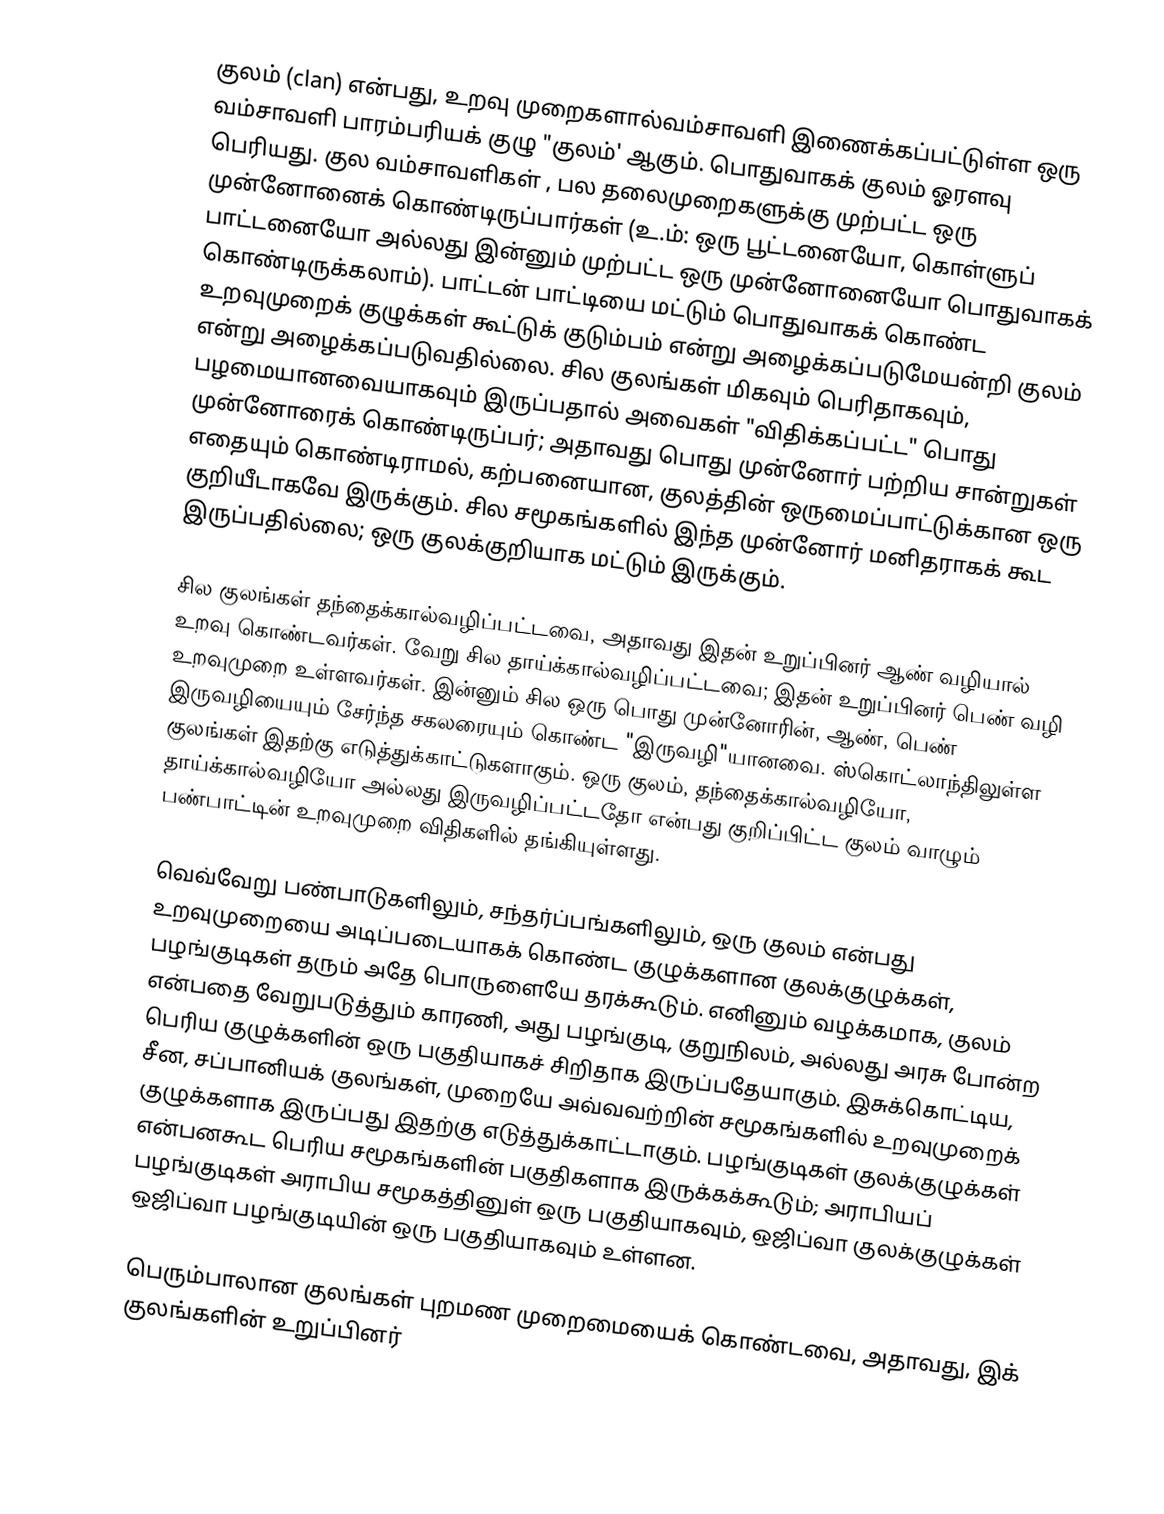
குலம் (clan) என்பது, உறவு முறைகளால்வம்சாவளி இணைக்கப்பட்டுள்ள ஒரு வம்சாவளி பாரம்பரியக் குழு "குலம்' ஆகும். பொதுவாகக் குலம் ஓரளவு பெரியது. குல வம்சாவளிகள் , பல தலைமுறைகளுக்கு முற்பட்ட ஒரு முன்னோனைக் கொண்டிருப்பார்கள் (உ.ம்: ஒரு பூட்டனையோ, கொள்ளுப் பாட்டனையோ அல்லது இன்னும் முற்பட்ட ஒரு முன்னோனையோ பொதுவாகக் கொண்டிருக்கலாம்). பாட்டன் பாட்டியை மட்டும் பொதுவாகக் கொண்ட உறவுமுறைக் குழுக்கள் கூட்டுக் குடும்பம் என்று அழைக்கப்படுமேயன்றி குலம் என்று அழைக்கப்படுவதில்லை. சில குலங்கள் மிகவும் பெரிதாகவும், பழமையானவையாகவும் இருப்பதால் அவைகள் "விதிக்கப்பட்ட" பொது முன்னோரைக் கொண்டிருப்பர்; அதாவது பொது முன்னோர் பற்றிய சான்றுகள் எதையும் கொண்டிராமல், கற்பனையான, குலத்தின் ஒருமைப்பாட்டுக்கான ஒரு குறியீடாகவே இருக்கும். சில சமூகங்களில் இந்த முன்னோர் மனிதராகக் கூட இருப்பதில்லை; ஒரு குலக்குறியாக மட்டும் இருக்கும்.

சில குலங்கள் தந்தைக்கால்வழிப்பட்டவை, அதாவது இதன் உறுப்பினர் ஆண் வழியால் உறவு கொண்டவர்கள். வேறு சில தாய்க்கால்வழிப்பட்டவை; இதன் உறுப்பினர் பெண் வழி உறவுமுறை உள்ளவர்கள். இன்னும் சில ஒரு பொது முன்னோரின், ஆண், பெண் இருவழியையும் சேர்ந்த சகலரையும் கொண்ட "இருவழி"யானவை. ஸ்கொட்லாந்திலுள்ள குலங்கள் இதற்கு எடுத்துக்காட்டுகளாகும். ஒரு குலம், தந்தைக்கால்வழியோ, தாய்க்கால்வழியோ அல்லது இருவழிப்பட்டதோ என்பது குறிப்பிட்ட குலம் வாழும் பண்பாட்டின் உறவுமுறை விதிகளில் தங்கியுள்ளது.

வெவ்வேறு பண்பாடுகளிலும், சந்தர்ப்பங்களிலும், ஒரு குலம் என்பது உறவுமுறையை அடிப்படையாகக் கொண்ட குழுக்களான குலக்குழுக்கள், பழங்குடிகள் தரும் அதே பொருளையே தரக்கூடும். எனினும் வழக்கமாக, குலம் என்பதை வேறுபடுத்தும் காரணி, அது பழங்குடி, குறுநிலம், அல்லது அரசு போன்ற பெரிய குழுக்களின் ஒரு பகுதியாகச் சிறிதாக இருப்பதேயாகும். இசுக்கொட்டிய, சீன, சப்பானியக் குலங்கள், முறையே அவ்வவற்றின் சமூகங்களில் உறவுமுறைக் குழுக்களாக இருப்பது இதற்கு எடுத்துக்காட்டாகும். பழங்குடிகள் குலக்குழுக்கள் என்பனகூட பெரிய சமூகங்களின் பகுதிகளாக இருக்கக்கூடும்; அராபியப் பழங்குடிகள் அராபிய சமூகத்தினுள் ஒரு பகுதியாகவும், ஒஜிப்வா குலக்குழுக்கள் ஒஜிப்வா பழங்குடியின் ஒரு பகுதியாகவும் உள்ளன.

பெரும்பாலான குலங்கள் புறமண முறைமையைக் கொண்டவை, அதாவது, இக் குலங்களின் உறுப்பினர்